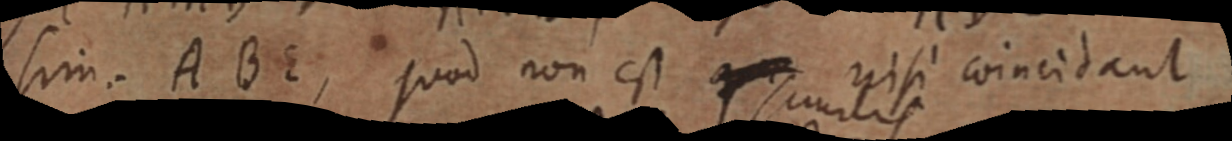
sim. ABE, quod non est qu nisi coincidant